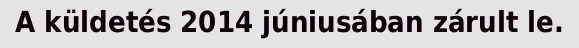
A küldetés 2014 júniusában zárult le.